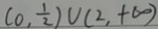
( 0 , \frac { 1 } { 2 } ) u ( 2 , + \infty )